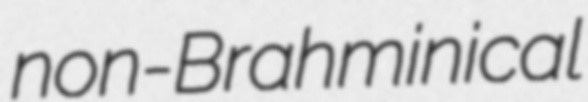
non-Brahminical